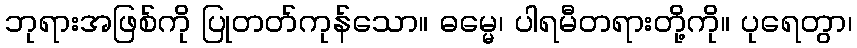
ဘုရားအဖြစ်ကို ပြုတတ်ကုန်သော။ ဓမ္မေ၊ ပါရမီတရားတို့ကို။ ပုရေတွာ၊